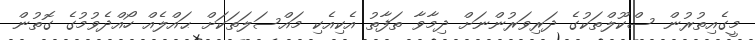
މީގެއިތުރުން ސްކޫލްތަކުގެ ދަރިވަރުންނަށް ދިމާވާ ތަފާތު އެކިއެކި މައްސަލަތަކަށް ޙައްލެއް ހޯއްދެވުމުގެ ގޮތުން